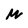
Character: m